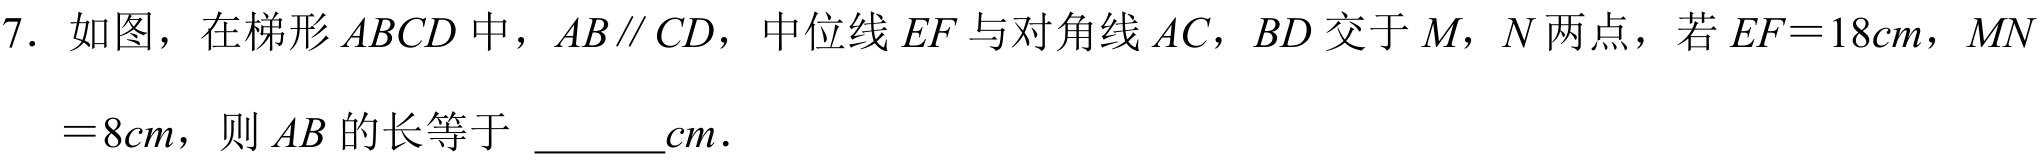
7. 如图，在梯形\(ABCD\)中，\(AB\parallel CD\)，中位线\(EF\)与对角线\(AC\)，\(BD\)交于\(M\)，\(N\)两点，若\(EF = 18cm\)，\(MN=8cm\)，则\(AB\)的长等于 \(\underline{\quad\quad}cm\).